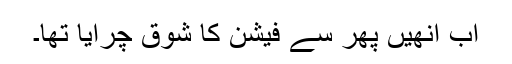
اب انھیں پھر سے فیشن کا شوق چرّایا تھا۔